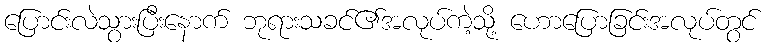
ပြောင်းလဲသွားပြီးနောက် ဘုရားသခင်၏အလုပ်ကဲ့သို့ ဟောပြောခြင်းအလုပ်တွင်